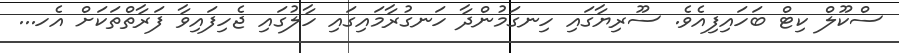
ސްކޫލް ކިޓް ބަހައިފިއެވެ. ސޫރިޔާގައި ހިނގަމުންދާ ހަނގުރާމައިގައި ހާލުގައި ޖެހިފައިވާ ފަރާތްތަކަށް އެހ...